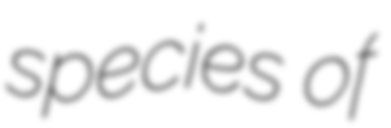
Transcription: species of